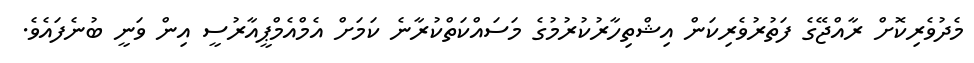
މެދުވެރިކޮށް ރާއްޖޭގެ ފަތުރުވެރިކަން އިޝްތިހާރުކުރުމުގެ މަސައްކަތްކުރާނެ ކަމަށް އެމްއެމްޕީއާރުސީ އިން ވަނީ ބުނެފައެވެ.